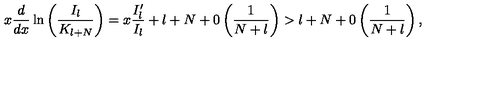
x \displaystyle \frac { d } { d x } \ln \left( \displaystyle \frac { I _ { l } } { K _ { l + N } } \right) = x \displaystyle \frac { I _ { l } ^ { \prime } } { I _ { l } } + l + N + 0 \left( \displaystyle \frac { 1 } { N + l } \right) > l + N + 0 \left( \displaystyle \frac { 1 } { N + l } \right) ,